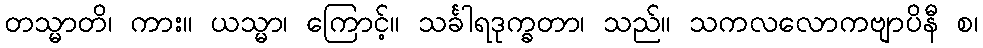
တသ္မာတိ၊ ကား။ ယသ္မာ၊ ကြောင့်။ သင်္ခါရဒုက္ခတာ၊ သည်။ သကလလောကဗျာပိနီ စ၊